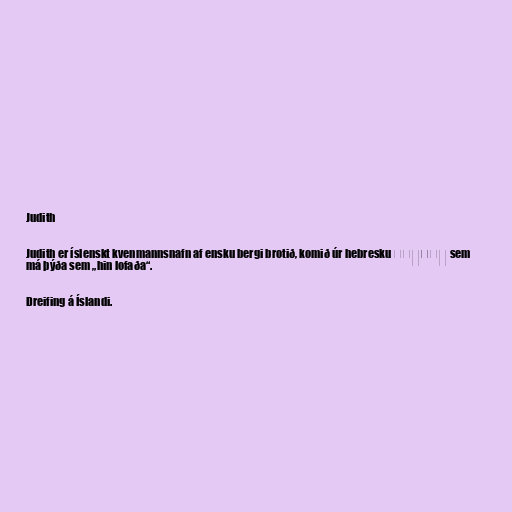
Judith

Judith er íslenskt kvenmannsnafn af ensku bergi brotið, komið úr hebresku יְהוּדִית sem
má þýða sem „hin lofaða“.

Dreifing á Íslandi.